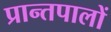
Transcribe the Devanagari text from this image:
प्रान्तपालों